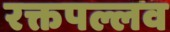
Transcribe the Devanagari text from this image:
रक्तपल्लव